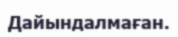
Дайындалмаған.